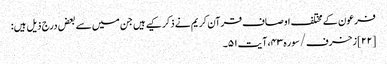
فرعون کے مختلف اوصاف قرآن کریم نے ذکر کیے ہیں جن میں سے بعض درج ذیل ہیں:
[۲۲] زخرف/سوره۴۳، آیت ۵۱۔